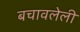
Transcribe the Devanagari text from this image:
बचावलेली